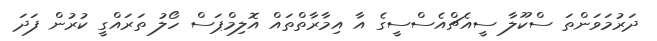
ދަރުމަވަންތަ ސްކޫލާ ސީއެޗްއެސްސީގެ އާ އިމާރާތްތައް އޮލިމްޕަސް ހޯލު ތަރައްގީ ކުރުން ފަދަ